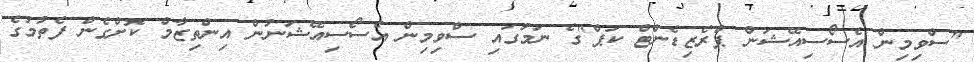
"ސްވިމިން އެސޯސިއޭޝަން ޕްރެޒިޑެންޓް ކަޕް"ގެ ނަމުގައި ސްވިމިން އެސޯސިއޭޝަނުން އިންތިޒާމް ކޮށްގެން ފެތުމުގެ